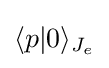
\langle p|0\rangle _{J_{e}}